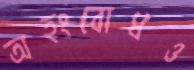
অহংবোধও